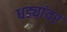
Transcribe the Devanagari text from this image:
धड्यांवर